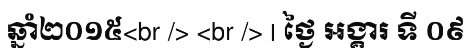
ឆ្នាំ២០១៥<br /> <br /> | ថ្ងៃ អង្គារ ទី ០៩